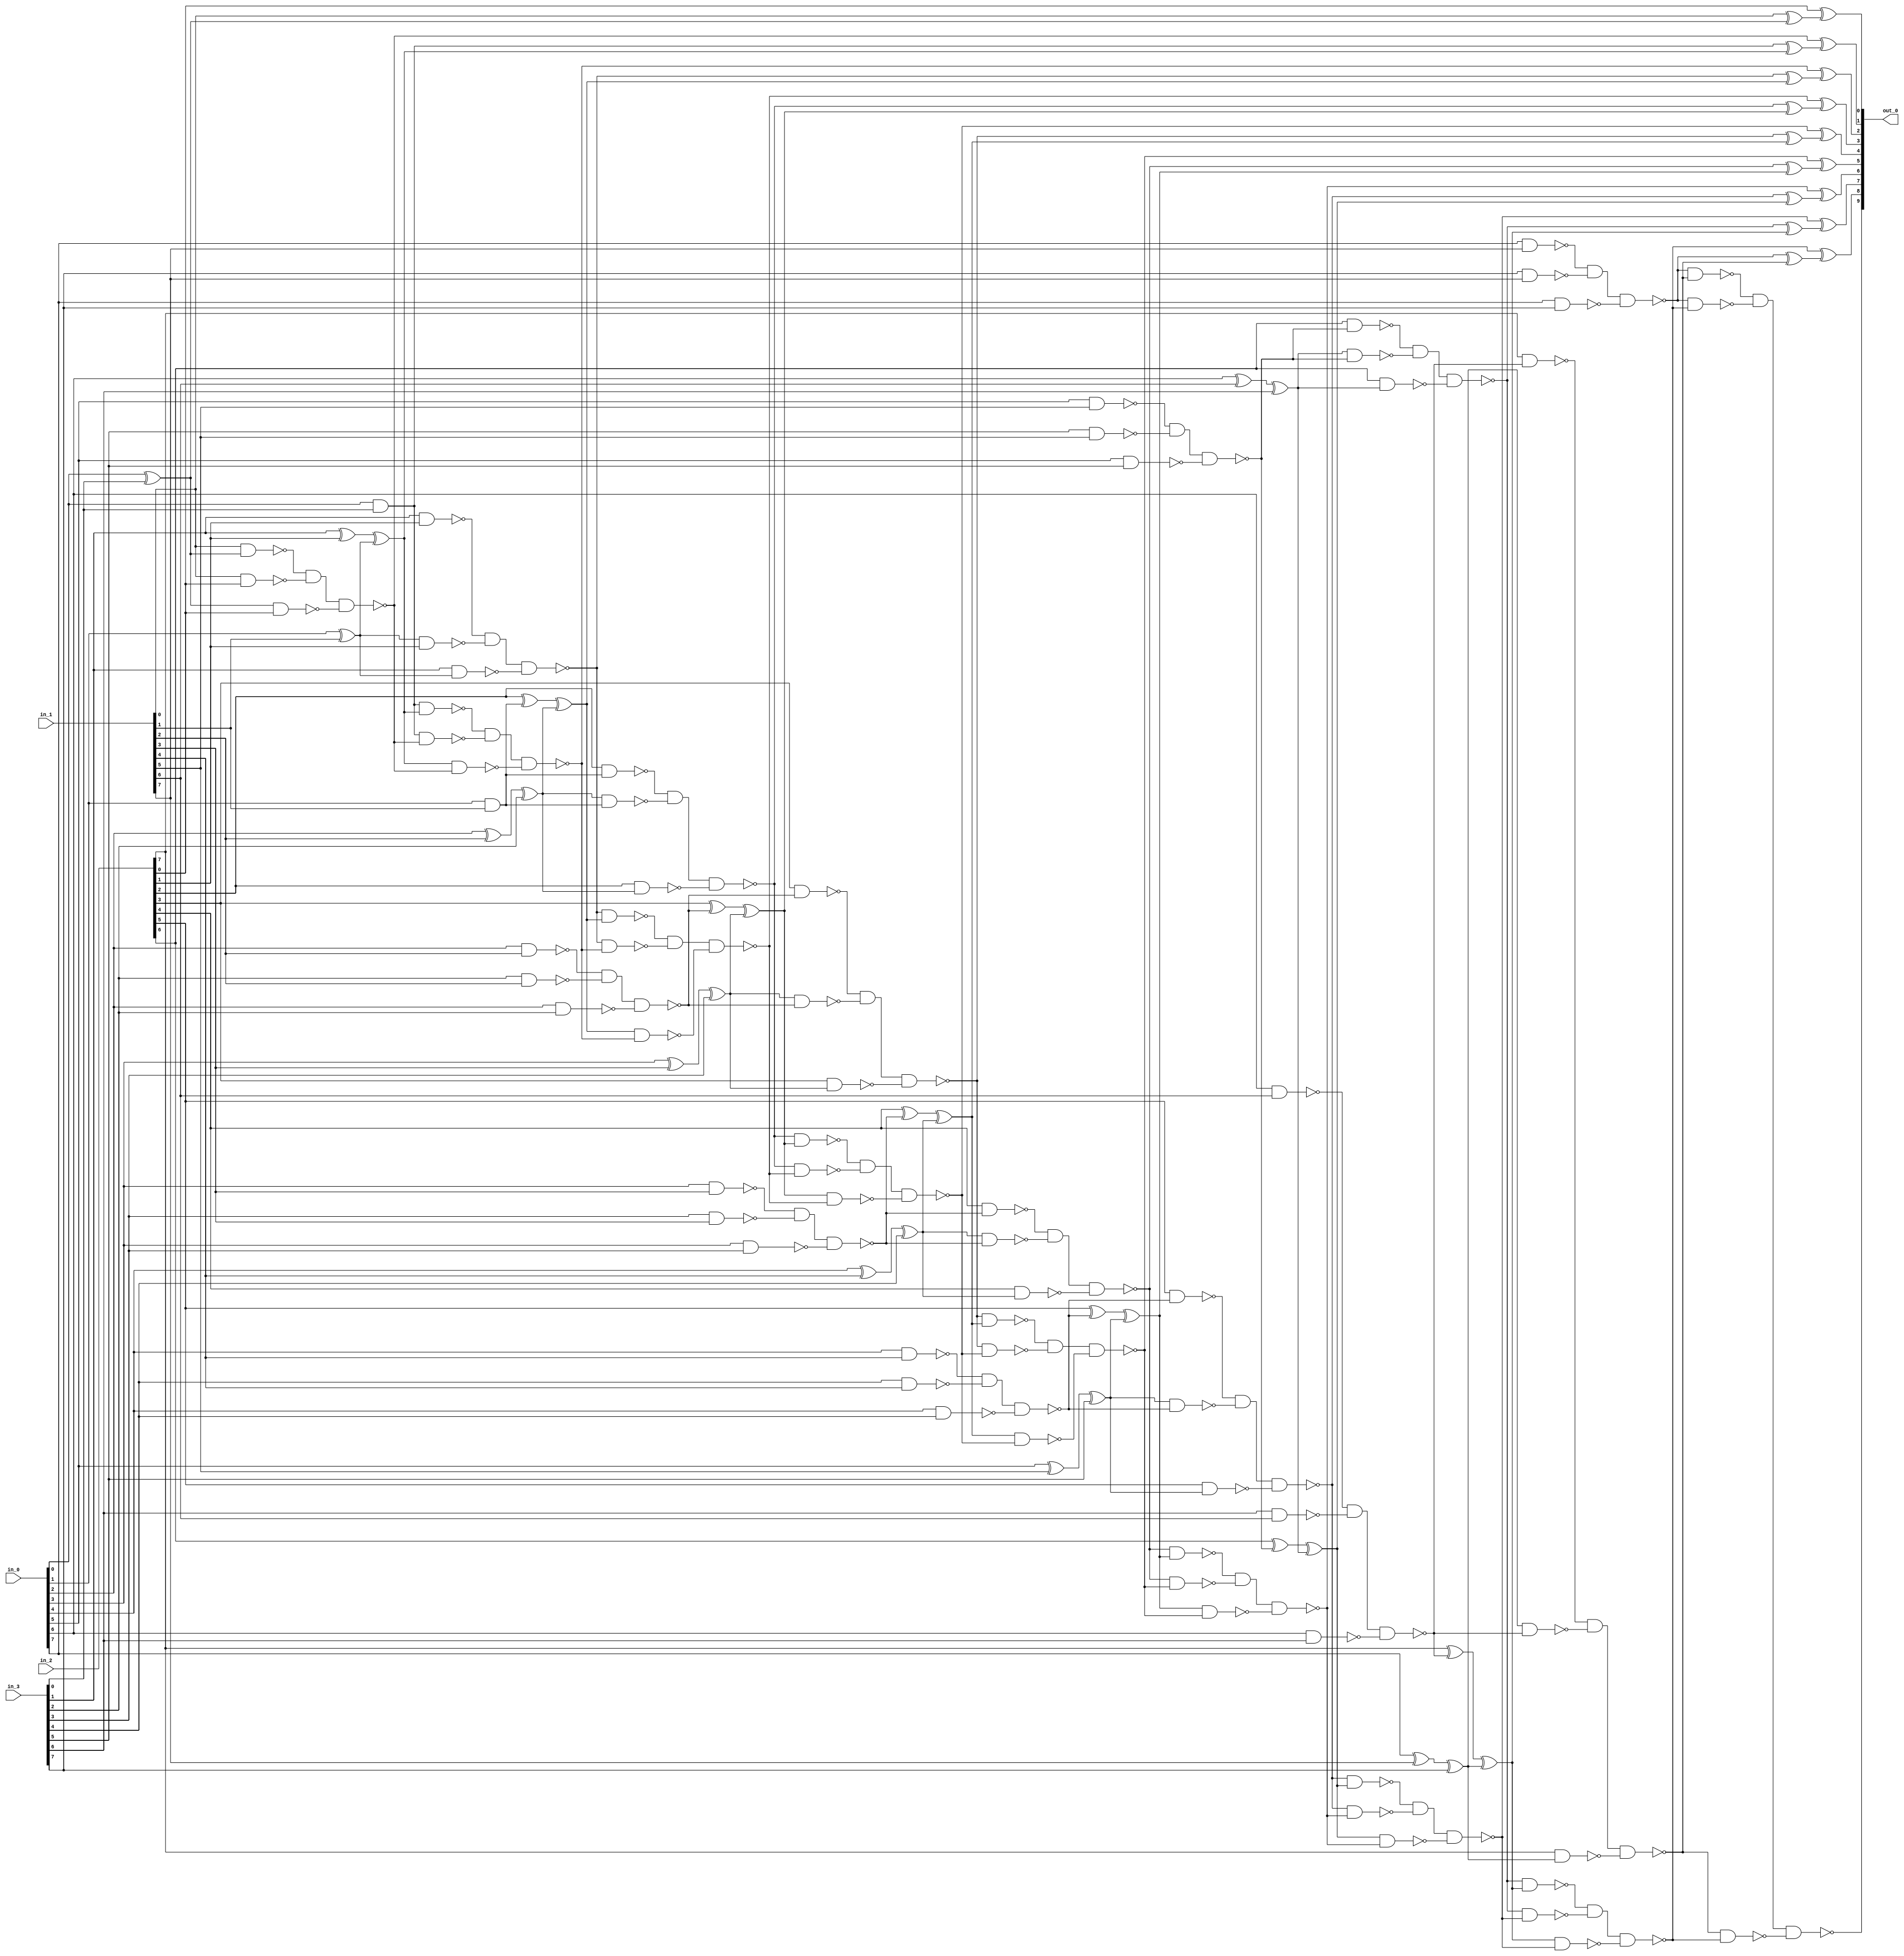
module csa_tree_add_1256_40_group_25_GENERIC_REAL(in_0, in_1, in_2,
     in_3, out_0);
// synthesis_equation "assign out_0 = ( ( ( in_2 + in_3 )  + in_1 )  + in_0 )  ;"
  input [7:0] in_0, in_1, in_2, in_3;
  output [9:0] out_0;
  wire [7:0] in_0, in_1, in_2, in_3;
  wire [9:0] out_0;
  wire n_44, n_45, n_46, n_47, n_48, n_49, n_50, n_51;
  wire n_52, n_54, n_55, n_56, n_57, n_58, n_59, n_60;
  wire n_61, n_62, n_63, n_64, n_65, n_66, n_67, n_68;
  wire n_69, n_70, n_71, n_72, n_73, n_74, n_75, n_76;
  wire n_77, n_78, n_79, n_80, n_81, n_82, n_83, n_84;
  wire n_85, n_86, n_87, n_88, n_89, n_90, n_91, n_92;
  wire n_93, n_94, n_95, n_96, n_97, n_98, n_99, n_100;
  wire n_101, n_102, n_103, n_104, n_105, n_106, n_107, n_108;
  wire n_109, n_110, n_111, n_112, n_113, n_114, n_115, n_116;
  wire n_117, n_118, n_119, n_120, n_121, n_122, n_123, n_124;
  wire n_125, n_126, n_127, n_128, n_129, n_130, n_131, n_132;
  wire n_133, n_134, n_135, n_136, n_137, n_138, n_139, n_140;
  wire n_141, n_142, n_143, n_144, n_145, n_146, n_147, n_148;
  wire n_149, n_150, n_151, n_152, n_153, n_154, n_155, n_156;
  wire n_157, n_158, n_159, n_160, n_161, n_162, n_163, n_164;
  wire n_165, n_166, n_167, n_168, n_169, n_170;
  xor g1 (n_62, in_0[0], in_3[0]);
  and g16 (n_51, in_0[0], in_3[0]);
  xor g17 (n_64, in_0[1], in_1[1]);
  and g2 (n_65, in_0[1], in_1[1]);
  xor g18 (n_77, in_3[1], in_2[1]);
  xor g19 (n_61, n_77, n_64);
  nand g3 (n_78, in_3[1], in_2[1]);
  nand g20 (n_79, n_64, in_2[1]);
  nand g21 (n_80, in_3[1], n_64);
  nand g22 (n_50, n_78, n_79, n_80);
  xor g23 (n_81, in_0[2], in_1[2]);
  xor g24 (n_66, n_81, in_3[2]);
  nand g25 (n_82, in_0[2], in_1[2]);
  nand g4 (n_83, in_3[2], in_1[2]);
  nand g26 (n_84, in_0[2], in_3[2]);
  nand g27 (n_67, n_82, n_83, n_84);
  xor g28 (n_85, in_2[2], n_65);
  xor g29 (n_60, n_85, n_66);
  nand g30 (n_86, in_2[2], n_65);
  nand g31 (n_87, n_66, n_65);
  nand g5 (n_88, in_2[2], n_66);
  nand g32 (n_49, n_86, n_87, n_88);
  xor g33 (n_89, in_0[3], in_1[3]);
  xor g34 (n_68, n_89, in_3[3]);
  nand g35 (n_90, in_0[3], in_1[3]);
  nand g36 (n_91, in_3[3], in_1[3]);
  nand g37 (n_92, in_0[3], in_3[3]);
  nand g6 (n_69, n_90, n_91, n_92);
  xor g38 (n_93, in_2[3], n_67);
  xor g39 (n_59, n_93, n_68);
  nand g40 (n_94, in_2[3], n_67);
  nand g41 (n_95, n_68, n_67);
  nand g42 (n_96, in_2[3], n_68);
  nand g43 (n_48, n_94, n_95, n_96);
  xor g44 (n_97, in_0[4], in_1[4]);
  xor g45 (n_70, n_97, in_3[4]);
  nand g46 (n_98, in_0[4], in_1[4]);
  nand g47 (n_99, in_3[4], in_1[4]);
  nand g48 (n_100, in_0[4], in_3[4]);
  nand g49 (n_71, n_98, n_99, n_100);
  xor g50 (n_101, in_2[4], n_69);
  xor g51 (n_58, n_101, n_70);
  nand g52 (n_102, in_2[4], n_69);
  nand g53 (n_103, n_70, n_69);
  nand g54 (n_104, in_2[4], n_70);
  nand g55 (n_47, n_102, n_103, n_104);
  xor g56 (n_105, in_0[5], in_1[5]);
  xor g57 (n_72, n_105, in_3[5]);
  nand g58 (n_106, in_0[5], in_1[5]);
  nand g59 (n_107, in_3[5], in_1[5]);
  nand g60 (n_108, in_0[5], in_3[5]);
  nand g61 (n_73, n_106, n_107, n_108);
  xor g62 (n_109, in_2[5], n_71);
  xor g63 (n_57, n_109, n_72);
  nand g64 (n_110, in_2[5], n_71);
  nand g65 (n_111, n_72, n_71);
  nand g66 (n_112, in_2[5], n_72);
  nand g67 (n_46, n_110, n_111, n_112);
  xor g68 (n_113, in_0[6], in_1[6]);
  xor g69 (n_74, n_113, in_3[6]);
  nand g70 (n_114, in_0[6], in_1[6]);
  nand g71 (n_115, in_3[6], in_1[6]);
  nand g72 (n_116, in_0[6], in_3[6]);
  nand g73 (n_75, n_114, n_115, n_116);
  xor g74 (n_117, in_2[6], n_73);
  xor g75 (n_56, n_117, n_74);
  nand g76 (n_118, in_2[6], n_73);
  nand g77 (n_119, n_74, n_73);
  nand g78 (n_120, in_2[6], n_74);
  nand g79 (n_45, n_118, n_119, n_120);
  xor g80 (n_121, in_0[7], in_1[7]);
  xor g81 (n_76, n_121, in_3[7]);
  nand g82 (n_122, in_0[7], in_1[7]);
  nand g83 (n_123, in_3[7], in_1[7]);
  nand g84 (n_124, in_0[7], in_3[7]);
  nand g85 (n_44, n_122, n_123, n_124);
  xor g86 (n_125, in_2[7], n_75);
  xor g87 (n_55, n_125, n_76);
  nand g88 (n_126, in_2[7], n_75);
  nand g89 (n_127, n_76, n_75);
  nand g90 (n_128, in_2[7], n_76);
  nand g91 (n_54, n_126, n_127, n_128);
  nand g92 (n_129, in_1[0], n_62);
  nand g93 (n_130, in_1[0], in_2[0]);
  nand g94 (n_131, n_62, in_2[0]);
  nand g95 (n_133, n_129, n_130, n_131);
  xor g96 (n_132, in_1[0], n_62);
  xor g97 (out_0[0], in_2[0], n_132);
  nand g7 (n_134, n_51, n_61);
  nand g8 (n_135, n_51, n_133);
  nand g9 (n_136, n_61, n_133);
  nand g10 (n_138, n_134, n_135, n_136);
  xor g11 (n_137, n_51, n_61);
  xor g12 (out_0[1], n_133, n_137);
  nand g13 (n_139, n_50, n_60);
  nand g14 (n_140, n_50, n_138);
  nand g15 (n_141, n_60, n_138);
  nand g98 (n_143, n_139, n_140, n_141);
  xor g99 (n_142, n_50, n_60);
  xor g100 (out_0[2], n_138, n_142);
  nand g101 (n_144, n_49, n_59);
  nand g102 (n_145, n_49, n_143);
  nand g103 (n_146, n_59, n_143);
  nand g104 (n_148, n_144, n_145, n_146);
  xor g105 (n_147, n_49, n_59);
  xor g106 (out_0[3], n_143, n_147);
  nand g107 (n_52, n_48, n_58);
  nand g108 (n_149, n_48, n_148);
  nand g109 (n_150, n_58, n_148);
  nand g110 (n_152, n_52, n_149, n_150);
  xor g111 (n_151, n_48, n_58);
  xor g112 (out_0[4], n_148, n_151);
  nand g113 (n_153, n_47, n_57);
  nand g114 (n_154, n_47, n_152);
  nand g115 (n_155, n_57, n_152);
  nand g116 (n_157, n_153, n_154, n_155);
  xor g117 (n_156, n_47, n_57);
  xor g118 (out_0[5], n_152, n_156);
  nand g119 (n_158, n_46, n_56);
  nand g120 (n_63, n_46, n_157);
  nand g121 (n_159, n_56, n_157);
  nand g122 (n_161, n_158, n_63, n_159);
  xor g123 (n_160, n_46, n_56);
  xor g124 (out_0[6], n_157, n_160);
  nand g125 (n_162, n_45, n_55);
  nand g126 (n_163, n_45, n_161);
  nand g127 (n_164, n_55, n_161);
  nand g128 (n_166, n_162, n_163, n_164);
  xor g129 (n_165, n_45, n_55);
  xor g130 (out_0[7], n_161, n_165);
  nand g131 (n_167, n_44, n_54);
  nand g132 (n_168, n_44, n_166);
  nand g133 (n_169, n_54, n_166);
  nand g134 (out_0[9], n_167, n_168, n_169);
  xor g135 (n_170, n_44, n_54);
  xor g136 (out_0[8], n_166, n_170);
endmodule

module csa_tree_add_1256_40_group_25_GENERIC(in_0, in_1, in_2, in_3,
     out_0);
  input [7:0] in_0, in_1, in_2, in_3;
  output [9:0] out_0;
  wire [7:0] in_0, in_1, in_2, in_3;
  wire [9:0] out_0;
  csa_tree_add_1256_40_group_25_GENERIC_REAL g1(.in_0 (in_0), .in_1
       (in_1), .in_2 (in_2), .in_3 (in_3), .out_0 (out_0));
endmodule